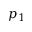
p _ { 1 }